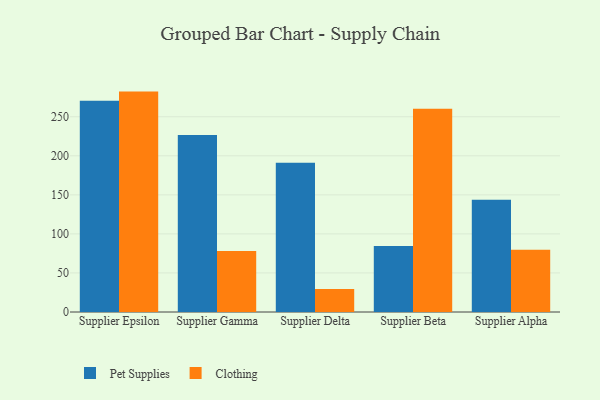
{"axis": {"x": "Supplier", "y": "Active Users"}, "legend": ["Clothing", "Pet Supplies"], "data": [{"x": "Supplier Epsilon", "y": 270.4, "type": "Pet Supplies"}, {"x": "Supplier Epsilon", "y": 282.2, "type": "Clothing"}, {"x": "Supplier Gamma", "y": 226.7, "type": "Pet Supplies"}, {"x": "Supplier Gamma", "y": 78.2, "type": "Clothing"}, {"x": "Supplier Delta", "y": 191.0, "type": "Pet Supplies"}, {"x": "Supplier Delta", "y": 29.3, "type": "Clothing"}, {"x": "Supplier Beta", "y": 84.4, "type": "Pet Supplies"}, {"x": "Supplier Beta", "y": 260.3, "type": "Clothing"}, {"x": "Supplier Alpha", "y": 143.6, "type": "Pet Supplies"}, {"x": "Supplier Alpha", "y": 79.7, "type": "Clothing"}]}